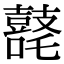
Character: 𪔘